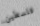
فلسطين